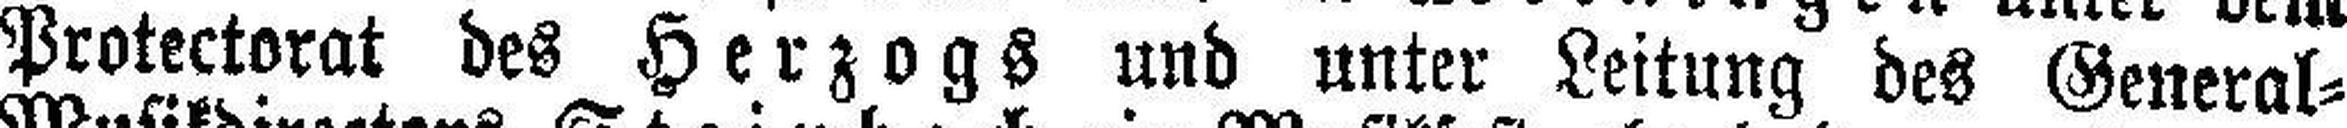
Protectorat des Herzogs und unter Leitung des General=